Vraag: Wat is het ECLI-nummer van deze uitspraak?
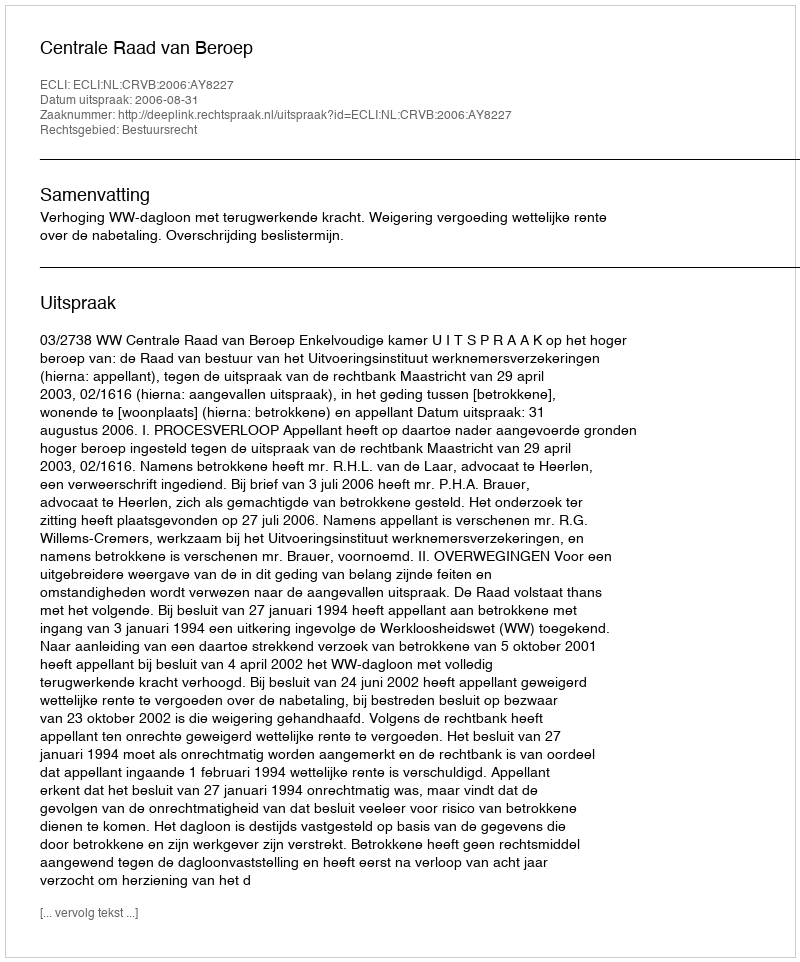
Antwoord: ECLI:NL:CRVB:2006:AY8227